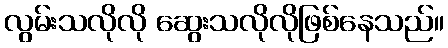
လွမ်းသလိုလို ဆွေးသလိုလိုဖြစ်နေသည်။